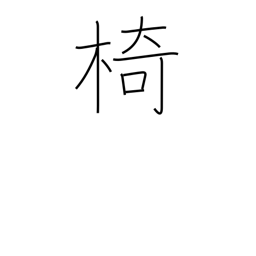
Meaning: chair